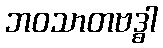
ဘဝသာတဗဒ္ဓါ